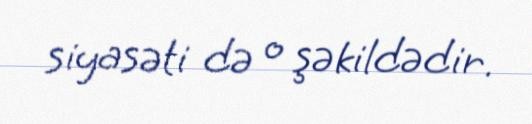
siyasəti də o şəkildədir.